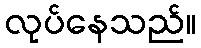
လုပ်နေသည်။